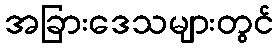
အခြားဒေသများတွင်